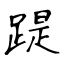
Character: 踶